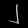
Digit: ၂